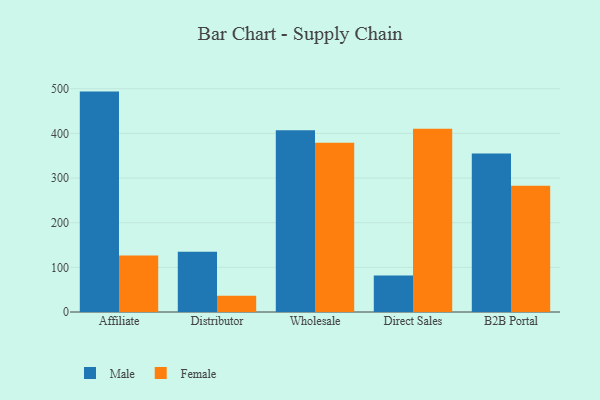
{"axis": {"x": "Channel", "y": "Conversion Rate (%)"}, "legend": ["Female", "Male"], "data": [{"x": "Affiliate", "y": 493.6, "type": "Male"}, {"x": "Affiliate", "y": 126.3, "type": "Female"}, {"x": "Distributor", "y": 135.1, "type": "Male"}, {"x": "Distributor", "y": 36.3, "type": "Female"}, {"x": "Wholesale", "y": 407.2, "type": "Male"}, {"x": "Wholesale", "y": 379.0, "type": "Female"}, {"x": "Direct Sales", "y": 81.5, "type": "Male"}, {"x": "Direct Sales", "y": 410.3, "type": "Female"}, {"x": "B2B Portal", "y": 354.8, "type": "Male"}, {"x": "B2B Portal", "y": 282.6, "type": "Female"}]}